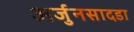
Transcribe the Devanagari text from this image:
अर्जुनसादडा